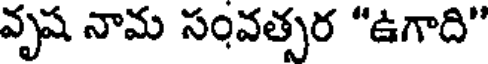
వృష నామ సంవత్సర "ఉగాది"